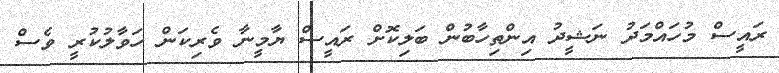
ރައީސް މުހައްމަދު ނަޝީދު އިންތިހާބުން ބަލިކޮށް ރައީސް ޔާމީނާ ވެރިކަން ހަވާލުކުރީ ވެސް